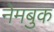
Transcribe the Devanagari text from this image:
नेमबुक